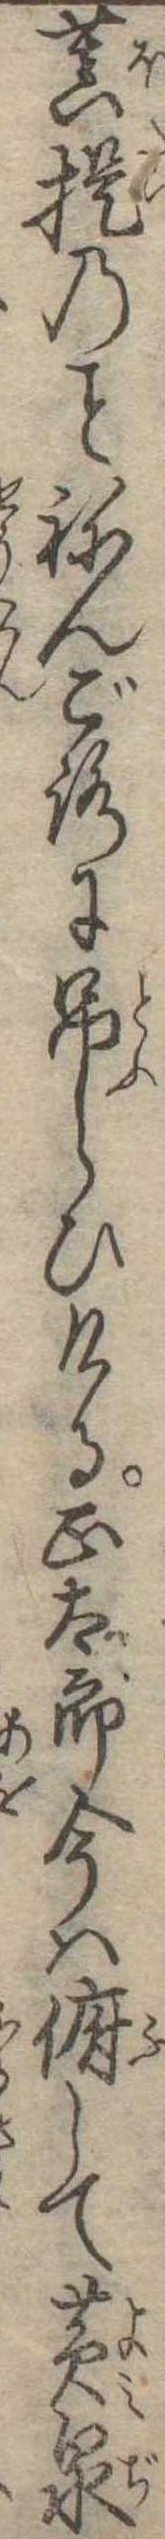
菩提のねんごろに吊らひける正太郎今は俯して黄泉